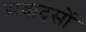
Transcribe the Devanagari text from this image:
सवादसों